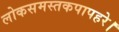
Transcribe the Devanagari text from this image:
लोकसमस्तकपापहरे।